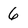
Character: 6